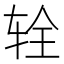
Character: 辁